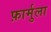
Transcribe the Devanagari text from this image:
फ़ार्मुला